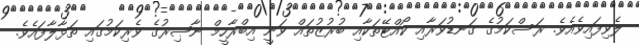
ލެވިފައިވެއެވެ. ރަސްކަމުގެ ގަނޑުވަރާއި ކޯއްޓޭތަކާއި ބުރުޒުތައް ވަނީ އިބްރާހީމް ނާޞިރުގެ ވެރިކަމުގައި ތަޅާލާފައެވެ.